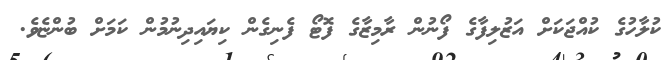
ކުލާހުގެ ކުއްޖަކަށް އަޒުލިފާގެ ފޯނުން ރާމިޒާގެ ފޮޓޯ ފެނިގެން ކިޔައިދިނުމުން ކަމަށް ބުންޏެވެ.